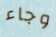
وجاء